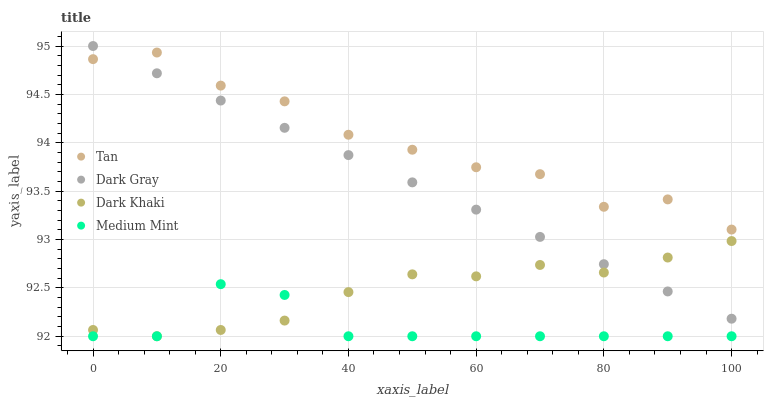
| xaxis_label | Tan | Dark Gray | Dark Khaki | Medium Mint |
 | --- | --- | --- | --- | --- |
 | 0 | 94.9 | 95 | 92.1 | 92 |
 | 10 | 94.9 | 94.7 | 92 | 92 |
 | 20 | 94.6 | 94.4 | 92.1 | 92.5 |
 | 30 | 94.4 | 94.2 | 92.2 | 92.4 |
 | 40 | 94.1 | 93.9 | 92.5 | 92 |
 | 50 | 93.9 | 93.6 | 92.6 | 92 |
 | 60 | 93.7 | 93.3 | 92.6 | 92 |
 | 70 | 93.7 | 93 | 92.7 | 92 |
 | 80 | 93.3 | 92.7 | 92.7 | 92 |
 | 90 | 93.4 | 92.5 | 92.8 | 92 |
 | 100 | 93.1 | 92.2 | 93 | 92 |